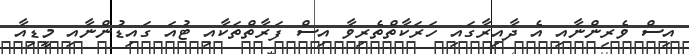
އިސް ވެރިންނާއި އެ ދާއިރާގައި ހަރަކާތްތެރިވާ އިސް ފަރާތްތަކާއި ޓުއަ ގައިޑުންނާއި މީޑިއާ